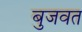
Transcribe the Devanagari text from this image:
बुजवत